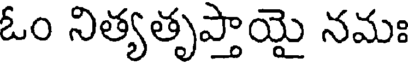
ఓం నిత్యతృప్తాయై నమః